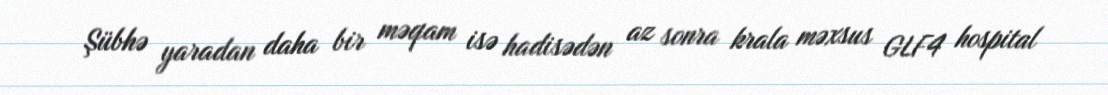
Şübhə yaradan daha bir məqam isə hadisədən az sonra krala məxsus GLF4 hospital